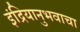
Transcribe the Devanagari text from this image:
इंद्रियानुभवाचा